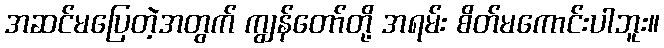
အဆင်မပြေတဲ့အတွက် ကျွန်တော်တို့ အရမ်း စိတ်မကောင်းပါဘူး။